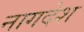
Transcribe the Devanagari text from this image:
नागदेश